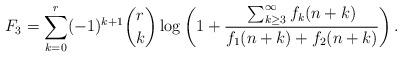
LaTeX: \begin{align*}F_{3}= \sum_{k=0}^{r}(-1)^{k+1}{r \choose k}\log\left(1+\frac{\sum_{k\geq3}^{\infty}f_{k}(n+k)}{f_{1}(n+k)+f_{2}(n+k)}\right).\end{align*}